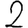
Digit: 2